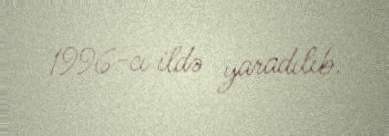
1996-cı ildə yaradılıb.